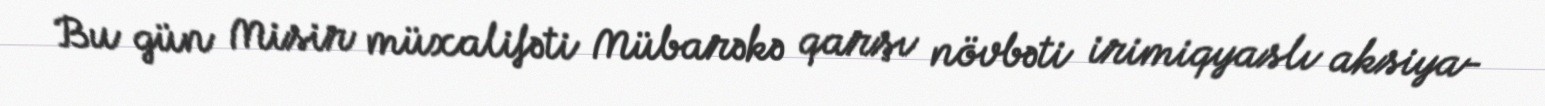
Bu gün Misir müxalifəti Mübarəkə qarşı növbəti irimiqyaslı aksiya-